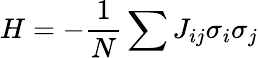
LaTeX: H=-\frac{1}{N}\sum{J_{ij}\sigma_{i}\sigma_{j}}